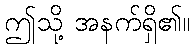
ဤသို့ အနက်ရှိ၏။